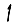
Digit: 1